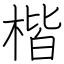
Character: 楷